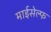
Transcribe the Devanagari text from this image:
माईसेल्फ